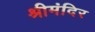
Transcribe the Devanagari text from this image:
श्रीमंदिर